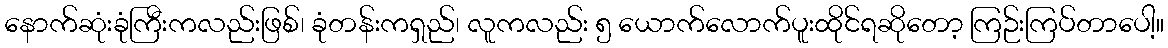
နောက်ဆုံးခုံကြီးကလည်းဖြစ်၊ ခုံတန်းကရှည်၊ လူကလည်း ၅ ယောက်လောက်ပူးထိုင်ရဆိုတော့ ကြဉ်းကြပ်တာပေါ့။